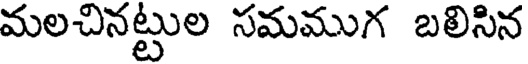
మలచినట్టుల సమముగ బలిసిన